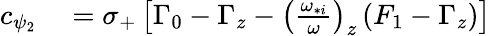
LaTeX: \begin{array}{rl}{c_{\psi_{2}}}&{{}=\sigma_{+}\left[\Gamma_{0}-\Gamma_{z}-\left(\frac{\omega_{*i}}{\omega}\right)_{z}\left(F_{1}-\Gamma_{z}\right)\right]}\end{array}